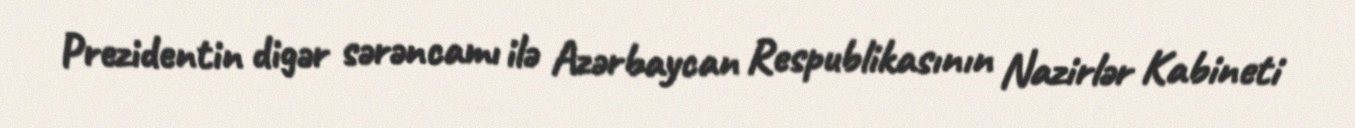
Prezidentin digər sərəncamı ilə Azərbaycan Respublikasının Nazirlər Kabineti